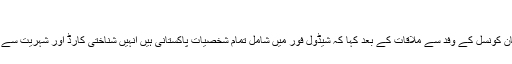
‘‘
وزیر داخلہ نے دفاع پاکستان کونسل کے وفد سے ملاقات کے بعد کہا کہ شیڈول فور میں شامل تمام شخصیات پاکستانی ہیں انہیں شناختی کارڈ اور شہریت سے محروم نہیں رکھا جا سکتا۔